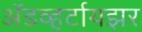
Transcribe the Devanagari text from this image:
अॅडव्हर्टायझर